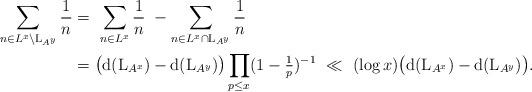
LaTeX: \begin{align*}\sum_{n\in L^x \setminus {\rm L}_{A^y}}\frac{1}{n} &= \ \sum_{n\in L^x}\frac{1}{n} \ - \sum_{n\in L^x \cap {\rm L}_{A^y}}\frac{1}{n} \\&= \big({\rm d}({\rm L}_{A^x})-{\rm d}({\rm L}_{A^y})\big)\prod_{p\le x}(1-\tfrac{1}{p})^{-1}\ \ll \ (\log x)\big({\rm d}({\rm L}_{A^x})-{\rm d}({\rm L}_{A^y})\big).\end{align*}